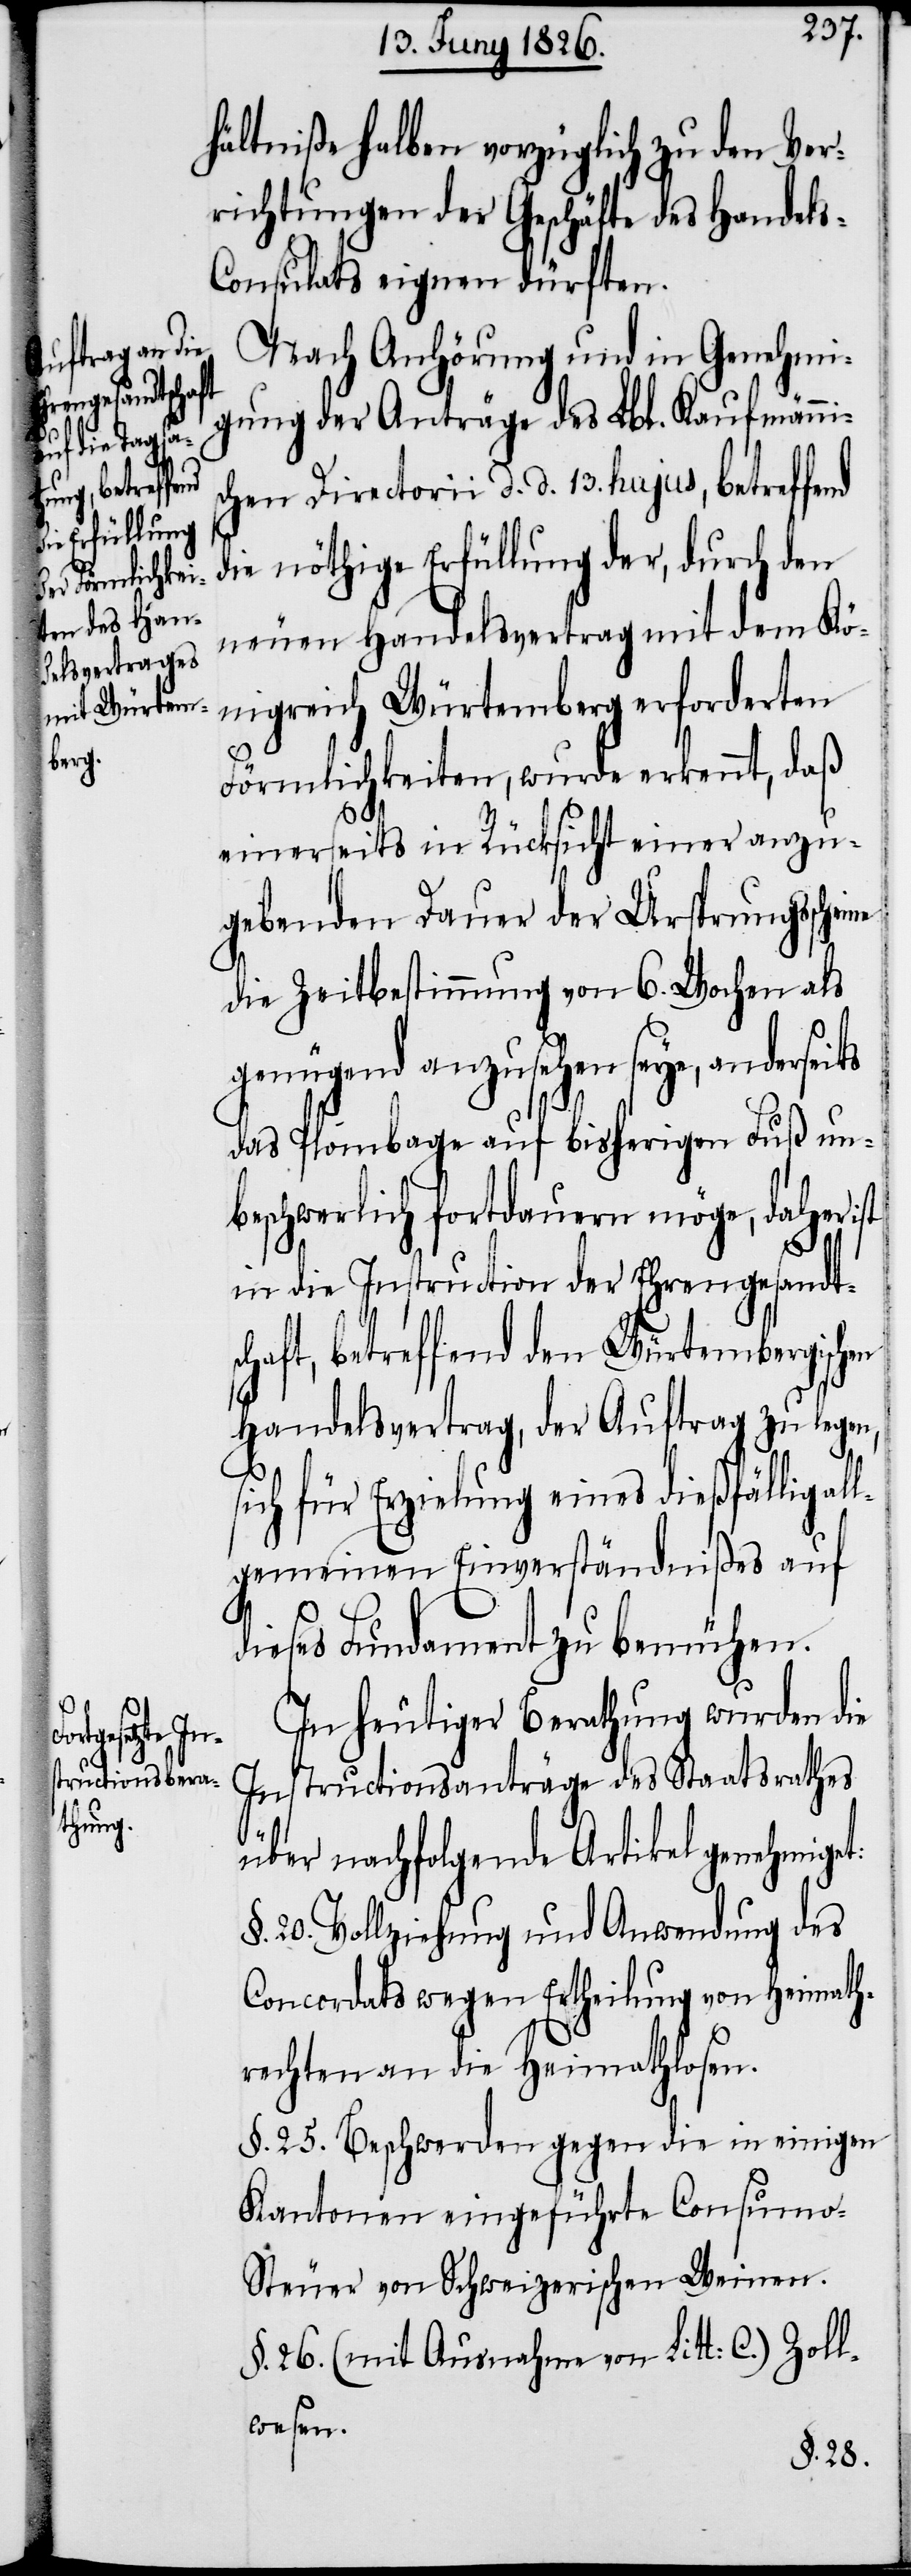
en

hältniße halben vorzüglich zu den Ver¬
richtungen der Geschäfte des Handel¬
s-Consulats eignen dürften.
Nach Anhörung und in Genehmi¬
gung der Anträge des Lbl. Kaufmännis¬
chen Directorii d. d. 13. hujus, betreffend
die nöthige Erfüllung der, durch den
neuen Handelsvertrag mit dem Kö¬
nigreich Würtemberg erforderten
Förmlichkeiten, wurde erkennt, daß
einerseits in Rücksicht einer anzu¬
gebenden Dauer der Ursprungssch¬
die Zeitbestimmung von 6. Wochen als
genügend anzusehen seye, anderseits
das Plombage auf bisherigen Fuß un¬
beschwerlich fortdauern möge, daher ist
in die Instruction der Ehrengesandts¬
chaft, betreffend den Würtembergisch¬
Handelsvertrag, der Auftrag zu legen,
sich für Erzielung eines dießfällig al¬
lgemeinen Einverständnißes auf
dieses Fundament zu bemühen.
In heutiger Berathung wurden die
Instructionsanträge des Staatsrathes
über nachfolgende Artikel genehmiget:
§.	20. Vollziehung und Anwendung des
Concordats wegen Ertheilung von Heimath¬
rechten an die Heimathlosen.
§.	25. Beschwerden gegen die in einigen
Kantonen eingeführte Consum¬
o-Steuer von Schweizerischen Weinen.
§.	26. (mit Ausnahme von Litt: C.) Zoll¬
wesen.